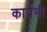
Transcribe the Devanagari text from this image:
कार्यभी